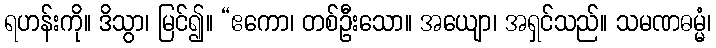
ရဟန်းကို။ ဒိသွာ၊ မြင်၍။ “ဧကော၊ တစ်ဦးသော။ အယျော၊ အရှင်သည်။ သမဏဓမ္မံ၊